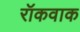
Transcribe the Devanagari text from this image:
रॉकवाक